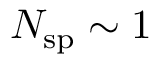
N _ { \mathrm { s p } } \sim 1